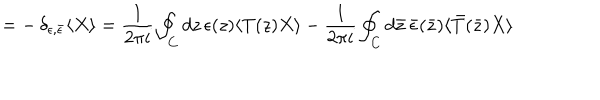
= - \, \delta _ { \epsilon , \bar { \epsilon } } \langle X \rangle = \frac { 1 } { 2 \pi i } \oint _ { C } d z \, \epsilon ( z ) \langle T ( z ) X \rangle - \frac { 1 } { 2 \pi i } \oint _ { C } d \bar { z } \, \bar { \epsilon } ( \bar { z } ) \langle \bar { T } ( \bar { z } ) X \rangle